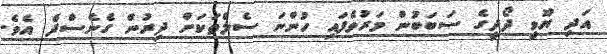
އަދި ޔޫވީ ދޯދީގެ ސަބަބުން މަރުވެފައި ހުންނަ ސެލްތަކަށް ދިރުން ގެނެސްދެ އެވެ.